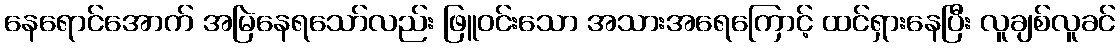
နေရောင်အောက် အမြဲနေရသော်လည်း ဖြူဝင်းသော အသားအရေကြောင့် ထင်ရှားနေပြီး လူချစ်လူခင်